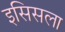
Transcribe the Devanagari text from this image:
इसिसला